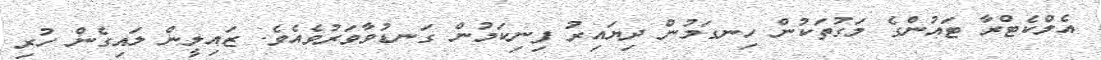
އެލްކެޓްރާ ޓައުންގެ މަގުތަކުން ހިނގަމުން ދިޔައިރު ފިނިކަމުން ގަނޑުވާވަރުވެއެވެ. ޒައިލީން ލައިގެން ހުރި